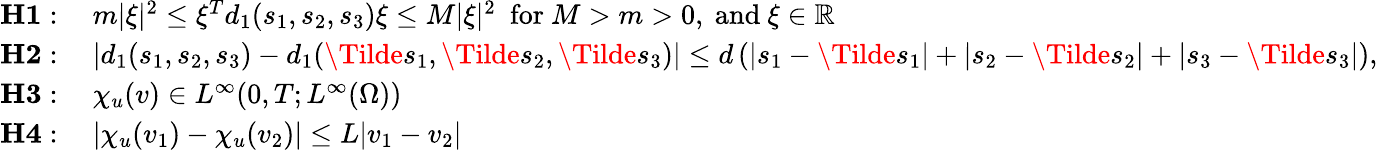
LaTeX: \begin{array}{rl}{\textbf{H1}:}&{~m|\xi|^{2}\leq\xi^{T}d_{1}(s_{1},s_{2},s_{3})\xi\leq M|\xi|^{2}~~\mathrm{for~}M>m>0,\mathrm{~and~}\xi\in\mathbb{R}}\\ {\textbf{H2}:}&{~|d_{1}(s_{1},s_{2},s_{3})-d_{1}(\Tilde{s}_{1},\Tilde{s}_{2},\Tilde{s}_{3})|\leq d\left(|s_{1}-\Tilde{s}_{1}|+|s_{2}-\Tilde{s}_{2}|+|s_{3}-\Tilde{s}_{3}|\right),}\\ {\textbf{H3}:}&{~\chi_{u}(v)\in L^{\infty}(0,T;L^{\infty}(\Omega))}\\ {\textbf{H4}:}&{~|\chi_{u}(v_{1})-\chi_{u}(v_{2})|\leq L|v_{1}-v_{2}|}\end{array}